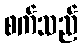
စက်သည်